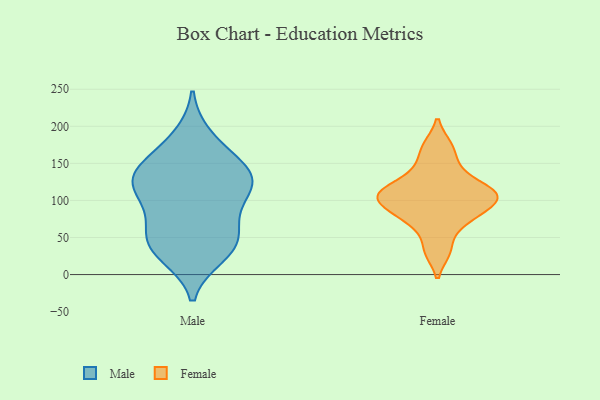
{"axis": {"x": "Conversion Rate (%)", "y": "Value"}, "legend": ["Female", "Male"], "data": [{"x": "", "y": 132, "type": "Male"}, {"x": "", "y": 132, "type": "Male"}, {"x": "", "y": 57, "type": "Male"}, {"x": "", "y": 138, "type": "Male"}, {"x": "", "y": 36, "type": "Male"}, {"x": "", "y": 130, "type": "Male"}, {"x": "", "y": 118, "type": "Male"}, {"x": "", "y": 27, "type": "Male"}, {"x": "", "y": 43, "type": "Male"}, {"x": "", "y": 185, "type": "Male"}, {"x": "", "y": 95, "type": "Male"}, {"x": "", "y": 124, "type": "Male"}, {"x": "", "y": 166, "type": "Male"}, {"x": "", "y": 81, "type": "Male"}, {"x": "", "y": 41, "type": "Male"}, {"x": "", "y": 94, "type": "Female"}, {"x": "", "y": 119, "type": "Female"}, {"x": "", "y": 104, "type": "Female"}, {"x": "", "y": 112, "type": "Female"}, {"x": "", "y": 32, "type": "Female"}, {"x": "", "y": 69, "type": "Female"}, {"x": "", "y": 108, "type": "Female"}, {"x": "", "y": 173, "type": "Female"}, {"x": "", "y": 82, "type": "Female"}, {"x": "", "y": 145, "type": "Female"}]}